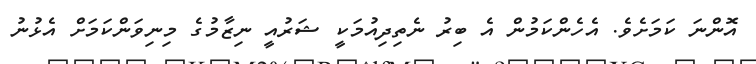
އޮންނަ ކަމަށެވެ. އެހެންކަމުން އެ ބިރު ނެތިދިއުމަކީ ޝަރުއީ ނިޒާމުގެ މިނިވަންކަމަށް އެޅުނު